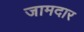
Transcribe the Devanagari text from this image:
जामदार